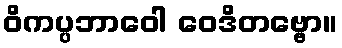
ဝိကပ္ပဘာဝေါ ဝေဒိတဗ္ဗော။